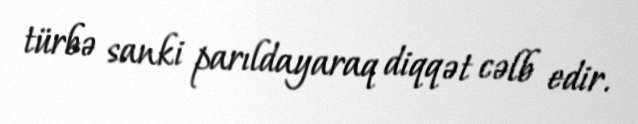
türbə sanki parıldayaraq diqqət cəlb edir.